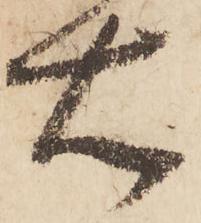
右